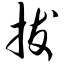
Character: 拨